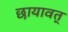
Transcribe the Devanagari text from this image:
छायावत्‌